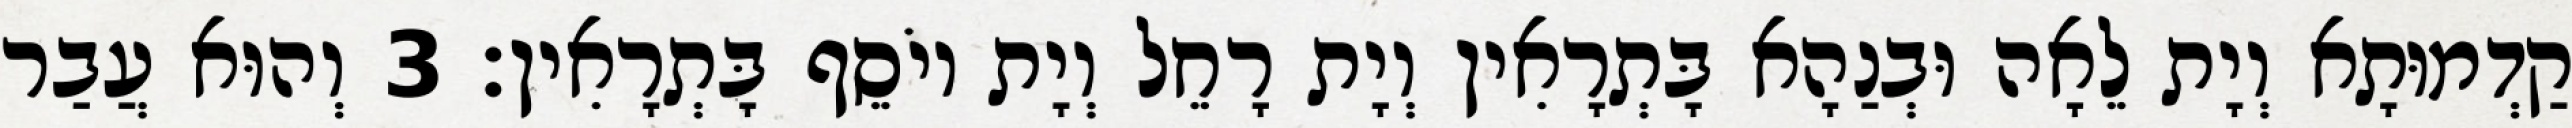
קַדְמוּתָא וְיָת לֵאָה וּבְנַהָא בָּתְרָאִין וְיָת רָחֵל וְיָת יוֹסֵף בָּתְרָאִין׃ 3 וְהוּא עֲבַר